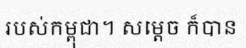
របស់កម្ពុជា។ សម្តេច ក៏បាន